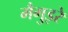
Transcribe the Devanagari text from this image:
मैगुइरे